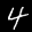
Label: 4